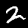
Digit: 2